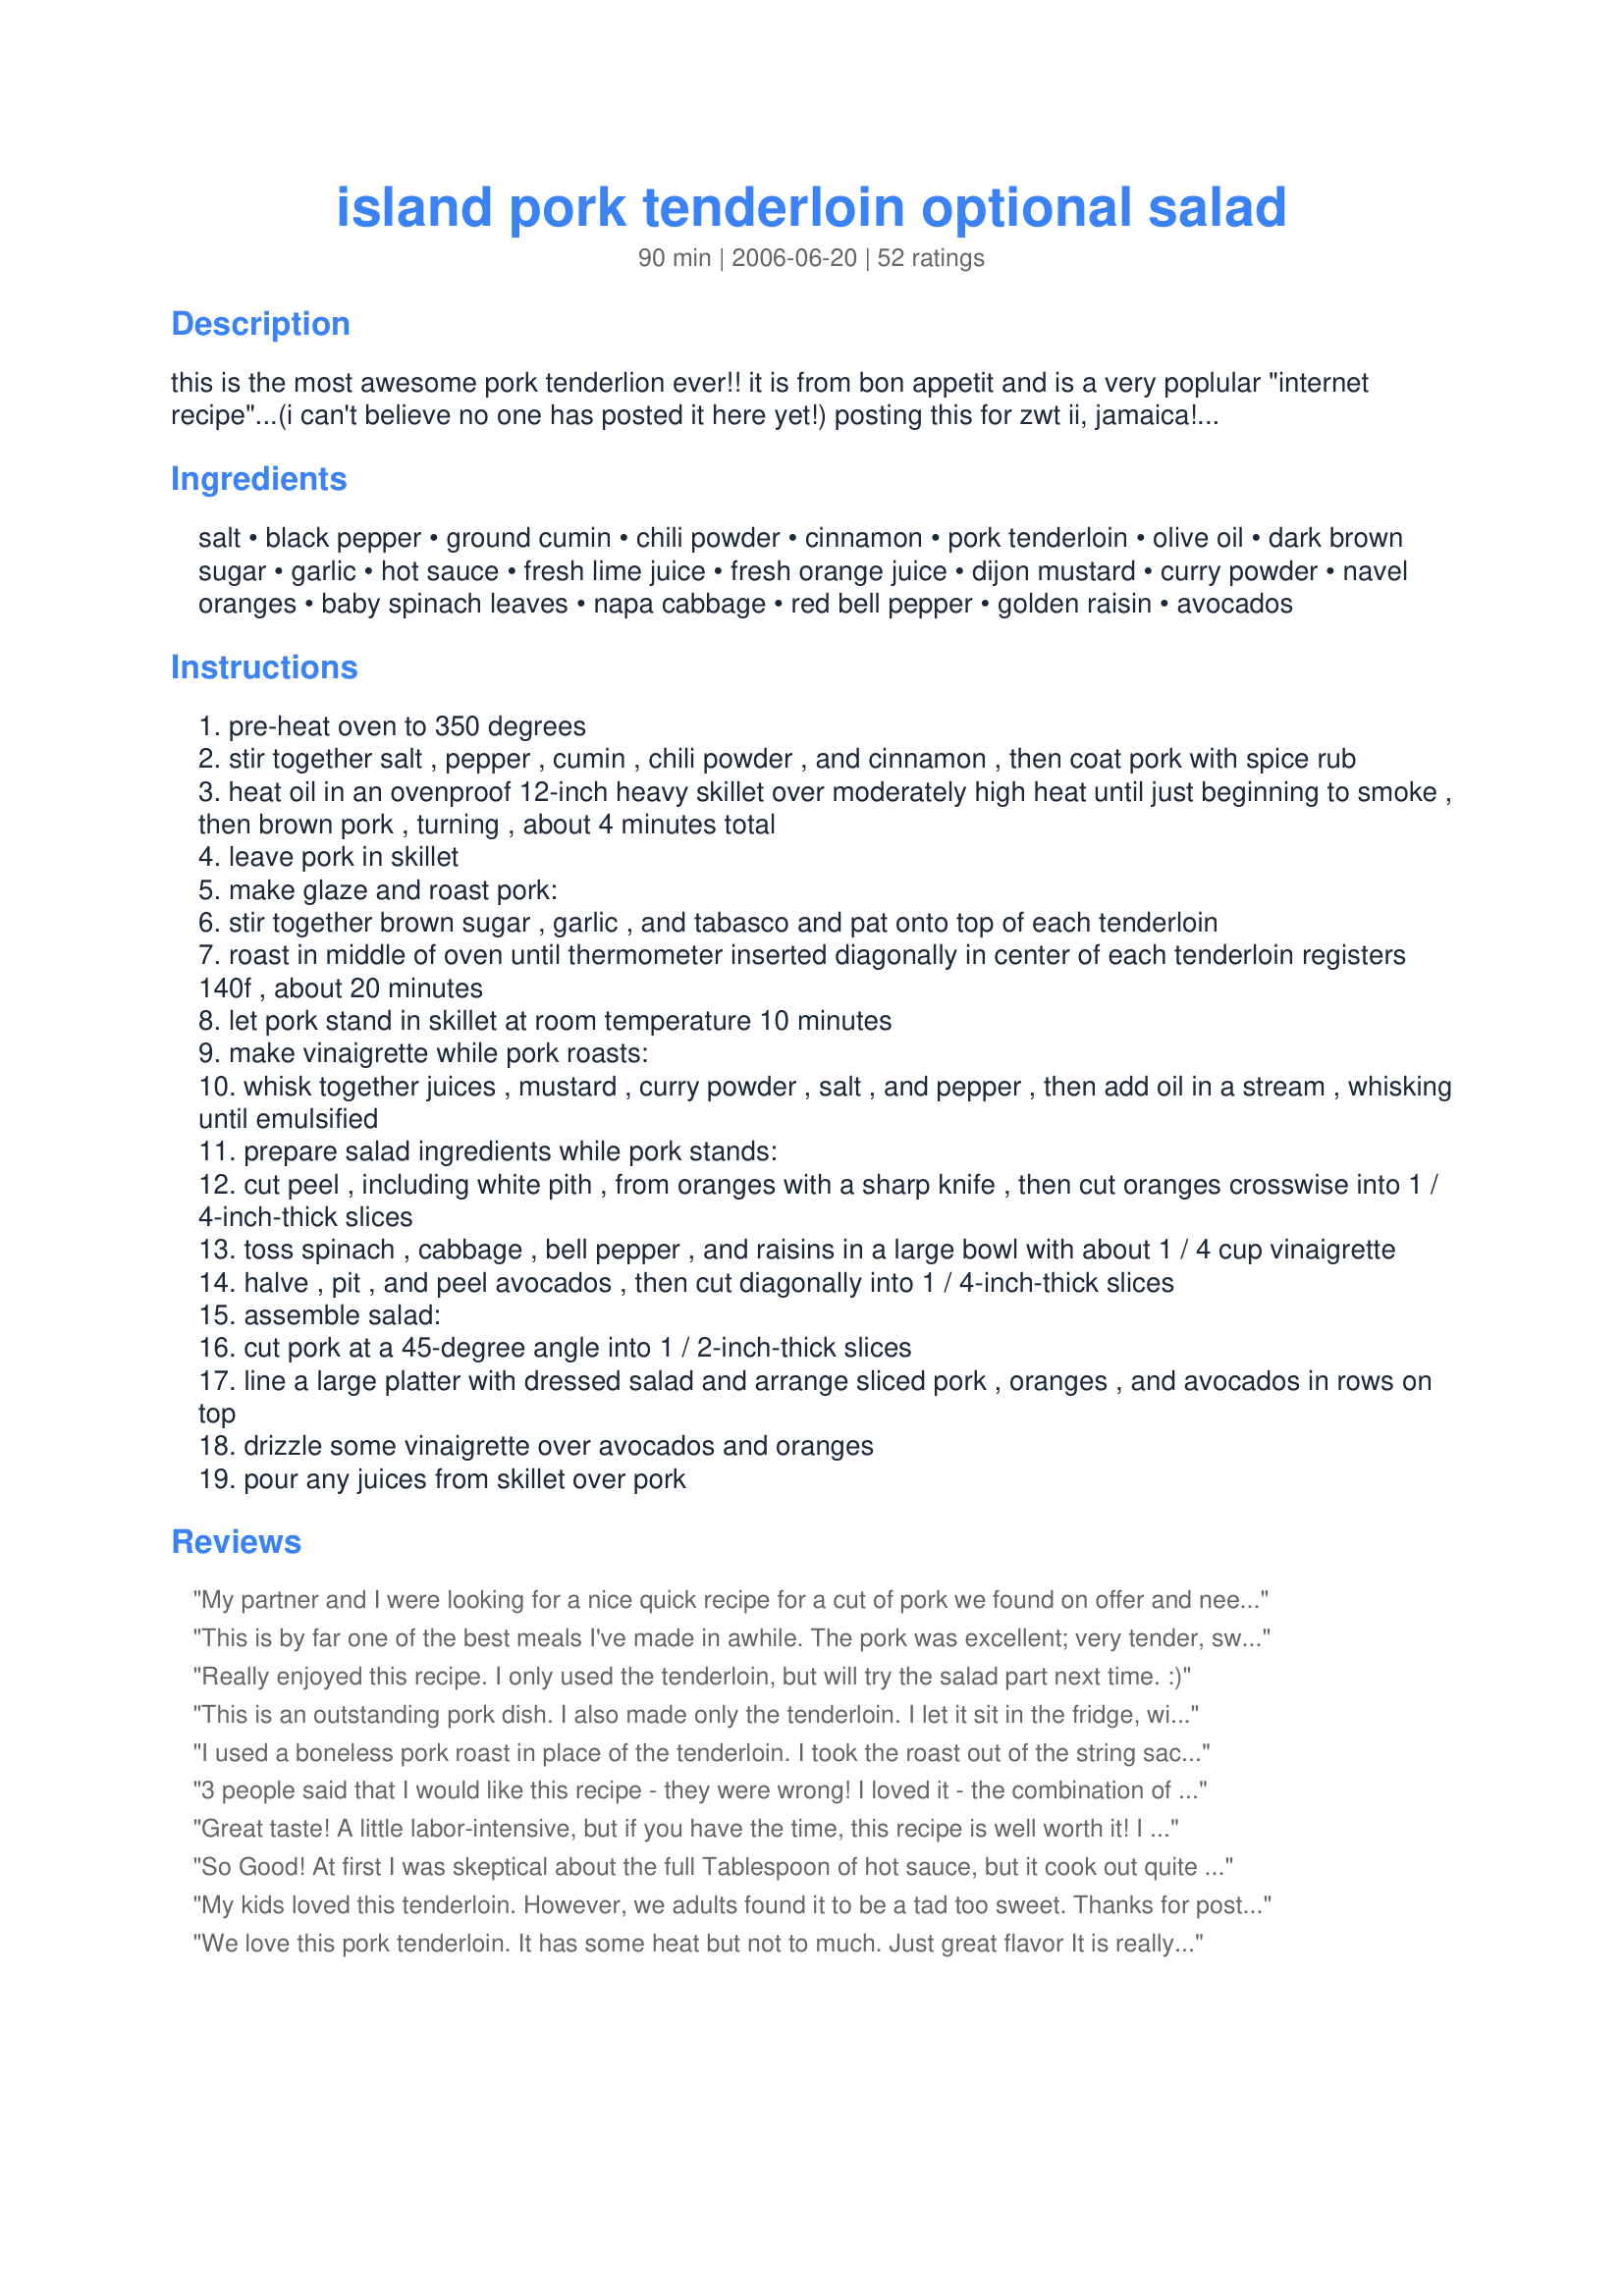
island pork tenderloin optional salad
Preparation time: 90 minutes

this is the most awesome pork tenderlion ever!! it is from bon appetit and is a very poplular "internet recipe"...(i can't believe no one has posted it here yet!) posting this for zwt ii, jamaica! the whole recipe includes the pork and salad, which is a lovely salad, but after making it the first time, i usually just make the pork and skip the salad.

Ingredients:
salt, black pepper, ground cumin, chili powder, cinnamon, pork tenderloin, olive oil, dark brown sugar, garlic, hot sauce, fresh lime juice, fresh orange juice, dijon mustard, curry powder, navel oranges, baby spinach leaves, napa cabbage, red bell pepper, golden raisin, avocados

Steps:
pre-heat oven to 350 degrees
stir together salt , pepper , cumin , chili powder , and cinnamon , then coat pork with spice rub
heat oil in an ovenproof 12-inch heavy skillet over moderately high heat until just beginning to smoke , then brown pork , turning , about 4 minutes total
leave pork in skillet
make glaze and roast pork:
stir together brown sugar , garlic , and tabasco and pat onto top of each tenderloin
roast in middle of oven until thermometer inserted diagonally in center of each tenderloin registers 140f , about 20 minutes
let pork stand in skillet at room temperature 10 minutes
make vinaigrette while pork roasts:
whisk together juices , mustard , curry powder , salt , and pepper , then add oil in a stream , whisking until emulsified
prepare salad ingredients while pork stands:
cut peel , including white pith , from oranges with a sharp knife , then cut oranges crosswise into 1 / 4-inch-thick slices
toss spinach , cabbage , bell pepper , and raisins in a large bowl with about 1 / 4 cup vinaigrette
halve , pit , and peel avocados , then cut diagonally into 1 / 4-inch-thick slices
assemble salad:
cut pork at a 45-degree angle into 1 / 2-inch-thick slices
line a large platter with dressed salad and arrange sliced pork , oranges , and avocados in rows on top
drizzle some vinaigrette over avocados and oranges
pour any juices from skillet over pork

Reviews:
My partner and I were looking for a nice quick recipe for a cut of pork we found on offer and needed it now! We came across this one which fitted our needs at the time and set about the task. We have just cleared the table and left the washing up for 'ron!!! FANTASTIC!!! What a lovely change. Thank you for enlightening me. Great. Made one small change, my lady isn't big on "HOT" so I used a small amount of Tobasco and made up the rest with Worcsester sauce......Mmmmmm thanks for posting.
This is by far one of the best meals I've made in awhile. The pork was excellent; very tender, sweet and mildly spicy.

I made it with the salad because I like 'one stop shop' type meals where the meat and veggies are all rolled into one. I thought the dressing was a bit tangy so I added some honey- this was before I realized I'd be pouring the glaze over the whole dish so next time I'll leave the salad dressing as is.

The other thing I like about making it with the salad is it looks beautiful when you slice the meat and lay it on the bed of salad- the spinach, red pepper, orange and avocado make it look as fantastic as it tastes.
Really enjoyed this recipe. I only used the tenderloin, but will try the salad part next time. :)
This is an outstanding pork dish. I also made only the tenderloin. I let it sit in the fridge, with the rub on it all day, what a treat come dinner time. A sweet and spicy, moist and tender pork tenderloin. With so much flavour. I loved the blending of spices, they complimented one another and the pork very well. It was a fast and very easy to make dish. Thank you so much for sharing Mrs. Goodall. I will be making this again and again.
I used a boneless pork roast in place of the tenderloin. I took the roast out of the string sack it came in and separated the 3 1/4 lb. roast in 2 pieces, .I increased spices 1/2 again. Also increased glaze ingredients 1/2 again... I cooked it for the entree rather than the salad.. It was full of flavor..The next day I sliced it very thin for sandwiches, WONDERFUL!!!.. I have this recipe laminated. Everyone loved it.. Another nice way of using pork roasts.... Thank U....
3 people said that I would like this recipe - they were wrong! I loved it - the combination of spiced rubbed on the pork in harmony with the tangy glaze sends your taste buds into orbit. I rubbed the spices on the tenderloins in the AM and let the meat rest all day in the fridge. If some of the glaze gets on the bottom of the skillet be sure to scrap it up - It is like candy. I did not make the salad. I served it with Corn kernals, steamed fresh green beans & Mexican rice .I am very impressed with with this recipe and will be serving it often to friends.Thanks Mrs G for giving me a wonderful dinner
Great taste! A little labor-intensive, but if you have the time, this recipe is well worth it! I feel that it serves 4, as I served it alone. I followed the directions exactly, because I've never made anything quite like this. It is DELICIOUS; the only change I would make is to cut the glaze ingredients in half; I had a lot in the pan that I didn't need. It is delicious poured over the salad, but with the existing dressing you don't need a lot of the glaze. Oh, and I didn't have Tabasco so I substituted Sweet Chili Sauce.<br/>It is nice to cook the pork ahead of time, let it cool so you get nice slices, then reheat before adding to the salad.
So Good! At first I was skeptical about the full Tablespoon of hot sauce, but it cook out quite a bit in the oven. Its still got a pretty good kick to it though. Will make it again!
My kids loved this tenderloin. However, we adults found it to be a tad too sweet. Thanks for posting.
We love this pork tenderloin. It has some heat but not to much. Just great flavor It is really quick and easy. I like to serve it with roasted sweet potatoes and grilled pineapple. I have not tried the salad so can't comment on that, but the pork is wonderful.
Sorry but we didnt care for this dish, it was the cinnamon that threw us off, we have never had a meat dish with it before and it threw us off. I think if i made it again without the cinnamon we would rate it higher. Sorry Mrs Goodall!
I've made this several times now, and always comes out delicious. Just the right amount of sweet and spicey.
Outstanding!!!! Used the entire rub recipe for one tenderloin, but it was a large one. Made half the glaze, using about 3/4 T of hot sauce. Was perfect with sriracha-love the hot/sweet combo. Leftovers were awesome in a toasted pita with cucumber salad and cilantro.
This was a HUGE hit with my family. I only made the tenderloin, and not the salad, but I&#039;m eager to try the salad as well. The pork was absolutely delicious. I&#039;m happy I found this recipe!
This is Company-Worthy. Uncork your favorite bottle of wine to go with this wonderful main course. We had buttered parsley new potatoes, fresh corn on the cob, and fresh steamed cauliflower to accompany. After browning the tenderloin in the skillet, I placed it in a throw away foil pan, put a little water in the skillet to get all the browned bits off the bottom and put in with the tenderloin before throwing it into the oven. My husband likes his meat well done, so I left it in the oven for 35 min. We had an out-of-town guest who said, &quot;Wow, this is over the top&quot; several times and my DH chimed in agreement. I just had to write in and say thank you for posting!!! It was an &quot;over the top&quot; meal!
I just LOVED this pork tenderloin! It is moist and flavorful with spice encrusted edges. Because it was 100+ degrees today I roasted the browned tenderloin in a low crockpot. Just before serving I strained, reheated, and poured the glaze drippings over the pork slices. This yummy recipe is one I'll definitely be making again ~ Thanks!
Wow! This was FANTASTIC! I only made the tenderloin so I can't comment on the salad, but the pork was out of this world; what a nice blend of sweet and spicy, rub and glaze. I made a couple of small tweaks. I only used one tenderloin (about 1 1/4 lb?) but used all the rub/glaze. I browned the meat in a skillet for almost 10 minutes (flipping to brown all sides) and then transferred to a pan to bake. I'm afraid of undercooking pork, so I baked it for 40 minutes at 350. The end result was fantastic. I have so many other pork tenderloin recipes to try, but I may never move past this one!
I followed this to a &quot;T&quot;. Turned out awesome and looked pretty too. The meat had great flavor and a bit of a kick. I would make the pork like this again even if I did not include the salad. Salad was awesome though.
I made this the other night and followed the recipe exactly (I didn't make the salad.) We found it a bit salty so I would cut back a bit next time I make it. We used the leftovers in fried rice and wraps. We love the "island flavor" these tenderloins have as it was a nice change. Thank you Mrs Goodall for posting a fantastic recipe.
Love it! Like others, we only made the pork, not the salad. The heat was just right. It has a noticeable zing, but it dissipates quickly. The sweet and spicy glaze was just what we imagined. The cinnamon and cumin undertones were awesome. Great recipe!
I thought the pork turned out perfectly cooked, but the seasonings were just too overpowering of flavors for us. The salad was different, but really not something I would be making again. I'm sure this is something really delicious if you are used to the kinds of spices used together in this. I had fun making, so thanks for posting!
#1 pork tenderloin recipe! I serve it as a main dish with a salad on the side. One tip... don't waste the "glaze"! After the meat rests, add a little water to the pan drippings, over med-high heat wisk till thick and pour-over sliced pork.
I loved this pork, although several of the people who tasted it felt the cumin was a little bit too strong. My cumin is brand new from Penzey's, so it has more flavor than the supermarket brands. I'll use a little less the next time... and there will definitely be a next time! One big plus is how easy this is, and how fantastic it was the next day. Even better than freshly made, so it'll make my food list for a big party next weekend because it can be made ahead. A quick sear, toss it in the oven, and "ta-da"! Will post pictures when I have time.
This is the BEST Pork tenderloin that I have ever made. I did not make the salad but served the tenderloin with fresh corn on the cob and mashed potatoes. Amazing flavor!!
I had planned to fix this for dinner last evening, but ran into a time crunch. I had already prepped the rub, so my pork tenderloin (about 5 pounds) was already rubbed down and sat in the fridge until today. I did not use the oil or brown it in a pan before placing it in the oven. I put the loin in the oven for about 15 minutes, patted it down with the glaze and returned it to the oven. It baked for a total of 2 1/2 hours. This takes a good tenderloin and makes it even better. Choose this when you want something different yet uses what you probably already have on hand. Didn't make the salad, but served with baked sweet potatoes and green beans. Thanks so much for introducing us to this new way to kick up dinner. = )
I have made this several times and it is always delisious. If you like Good Jerk flavor this is it!
Love this pork! Never have made the salad tho. I thought it would come out too sweet but it doesn't. Ive always used light brown sugar and just cook one loin at a time. I cook it in a cast iron pan it gives the best serve. Since I dont use the salad I've thickened the glaze before and served it kinda as a gravy over the pork. I love garlic so usually add more than recommended. This recipe has become our go to pork loin recipe!
I've had this recipe for at least 4 years and love it. I wanted to make for dinner but couldn't find my copy. So glad to see it posted on Recipezaar. This is the best place to get recipes. THX AGIN for having it. I don't know what I would hv done if I hadn't found it.
This was so good!!!
I served it as the salad for company and they left with your recipe.Thanks so much for posting.
Rita
This was great. The reason for the four stars is I didn't make the salad. I was looking for something quick. Next time I will definetly do the whole recipe. The pork was wonderful, spicy sweet. Can't wait to try the salad. Thanks for posting
Fabulous! Just made the tenderloin as I didn't have all the ingredients for the salad, but that also looks like it will be amazing. This is a simple recipe that takes almost no time to make but the results taste like you slaved for hours. My entire family loved this and unanimously gave it 5 stars. I agree...this is just packed with flavor, has a hint of spice and heat, but not too much. Takes the humble pork tenderloin to a whole new dimension! I've been meaning to try this for ages and I'm so glad I did. This one is a keeper!!! Thanks for posting...
This was fantastic! I only made the pork and the house smelled wonderful while it was roasting. I'm a bit sad because I completely forgot to make the glaze. I definitely will next time, although the pork was still delicious without it! I didn't brown the tenderloins, just popped them into the oven. The meat was perfect at 140Â°F, a light pink inside and so tender and flavourful. Definitely a new favourite for me!
This pork tenderloin was wonderful (I didn't make the salad). I also only had one tenderloin but made rub and glaze per recipe...and I will do that again so there's additional sauce in the pan. Turned out I didn't have tobasco but subbed in Red Chili garlic paste and really enjoyed the subtle heat with the sweet of the glaze as well as the rub. Baked in oven for 35 min and came out at the perfect temp. Let rest and served over sweet potatos with sauce drizzled on.
I made the tenderloin and the salad. The salad was just "ok", but the pork was FABULOUS! When I was roasting the pork, the power went out halfway through the cooking time. Thought I would have to finish it later when my son suggested finishing it on the bbq. So I crqnked that baby up and got it really hot then turned the flame down to low and stuck the whole roasting pan inside and put down the lid. It finished cooking perfectly, nice and juicy. We loved the spiciness and the leftovers made great sandwhiches for lunch today. Next time I won't bother with the salad either!! Thanks Mrs Goodall!!
This is an absolutely scrumptious meal. My wife and I have made this several times and we're never disappointed. The interesting combination of flavors makes the pork exceptional. We love the salad and vinaigrette and serve the meal with pigeon peas and rice. Thanks Mrs Goodall!
Very good! The only thing is if you have kids reduce the tabasco. My kids said its too hot daddy and I only put half a table spoon. Next time I will only put 1 teaspoon. Very moist and juice the flavors are outstanding also I put the rub on a day before and put it in the Frig.
I have made this dish twice so far. Once with the salad and dressing and once just the pork. I think the pork is great on its own and better without the salad (or salad on the side). Looking forward to making it again. So easy!
5+++ This is awesome! I think next time I'll add more Tabasco, tho. The kis thought it was a hoot that I used SUGAR in a dinnertime dish, lol. I cooked it on the grill & it came out perfectly. Thanks, Stacy!
YUMMMMMY! I have already made this twice and it's a huge hit with my husband. He says it's the best pork tenderloin he's ever tasted and I agree. I marinated the pork exactly as stated in the directions and let it sit in the fridge overnight. When I made the glaze I reduced the sugar amount to about 3/4 cup and used light brown sugar for the glaze and it turned out fantastic. My husband suggested that I make this dish to bring over to his mom's for Thanksgiving, so I'm going grocery shopping tonight!!!
This is a FANTASTIC dish. I always make this when we have new folks move into the neighborhood as a welcome dinner. The flavors are amazing and really compliment each other. Make the entire salad!!! It's so good!
Made this without the salad and no substitutions - LOVED it! Seared it in the pan as instructed, then put it in a tinfoil pan with the glaze on top and covered with tin foil to finish on the grill for approx. 20 minutes - came out fantastic!
Awesome isn't good enough! I'll never make pork tenderloin any other way, the aroma of this meat roasting is intoxicating. I love that I didn't have to run out and shop for hard to find ingredients, just takes common ingredients that are always on hand, yet the taste is totally exotic, Thanks!
My brother in law made this for us and we loved it. Not particularly fond of the ingredients in the salad but mixed with the pork it was delicious! Happy to find it here since I couldn't get in touch with him and was really craving it!
Oh my, this has to be the best pork tenderloin I have ever had! I did skip the salad though.
Terrific flavour. I finished this off on the grill in foil and it turned out unbelievably tender and moist. Thanks Mrs. G!
WOW, this was fantastic!!! Nothing else to say! This was fantastic! Note, I only made the pork without the salad. Made for ZWT3.
YUMMY!!! I made this with some sweet potatoes and it was a big hit. I did not make the salad this time but will try that next time. Made for zwt 07 family pick.
Spicy-sweet perfection! Searing it on all sides is a must. I used the listed amount of spice rub (plus a dash of ancho chili powder) for just one tenderloin and tweaked the sauce: 1/2 cup brown sugar (I used light without a problem) with the same amount of garlic and hot sauce. It gave the tenderloin a beautiful crust, which was flavorful enough to eat with plain greens.
WOW.. WOW ...... WOW!!!!! Trying to help DH watch his cholesterol, difficult because he is a picky picky eater who likes his meat and mashed potatoes with LOTS of butter. I took a completely different turn with this recipe, the salad in the recipe is too exotic for DH's tastes so I prepared a simple salad of Romaine, cucumbers and mandarin oranges with olive oil and balsamic vinegar. I served the pork atop the salad. He could NOT stop raving about how good it tastes to watch your cholesterol ...LOL. Give this recipe a try, YOU will NOT be sorry.
"Savory is the word my wife to describe it" %u266B . She actually did. But besides that, this recipe is really forgiving and easy to make. Since I have very limited time to prepare lunch, I had to do the "rub" and leave it on overnight. Then the next day, I did the glaze on the fly while I was cooking it. It turned out great, although a little spicy for my taste. But, it'll be unfair to blame the recipe for that.
I really thought this was going to be fantastic, but in all fairness the glaze was just too darn sweet. Sorry! :(
I really enjoyed this as a salad. I only made half the glaze amount because I was running low on the ingredients, and it was plenty. I had one dissenter due to the fruit, but I liked it as written. I will certainly make the pork loin again, at least.
GOOD GOSH A MIGHTY this is a must try recipe. The combination of sweet and spicy is out of this world. I made as directed except because the temp is over 100 degrees here, after browing the meat, I wrapped it loosely in foil and grilled it using indirect heat for about 20 minutes, should have taken it off in 15, but didn't hamper the flavor one little bit. Can't wait to make this one again. Oh, and I did not make the optional salad. Sure don't need it with this great recipe. This one will be a repeat more than once in the family. Thanks Stacy
